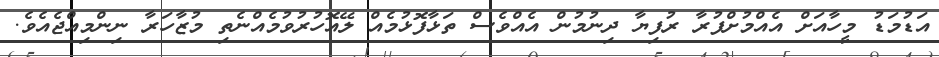
އަޑުމަޑު މީހާއަށް އެއްމުށްފުރާ ރުފިޔާ ދިނުމުން އެއްވެސް ތަޅާފޮޅުމެއް ލޭއޮހުރުވުމެއްނެތި މުޒާހަރާ ނިންމިއްޖެއެވެ.